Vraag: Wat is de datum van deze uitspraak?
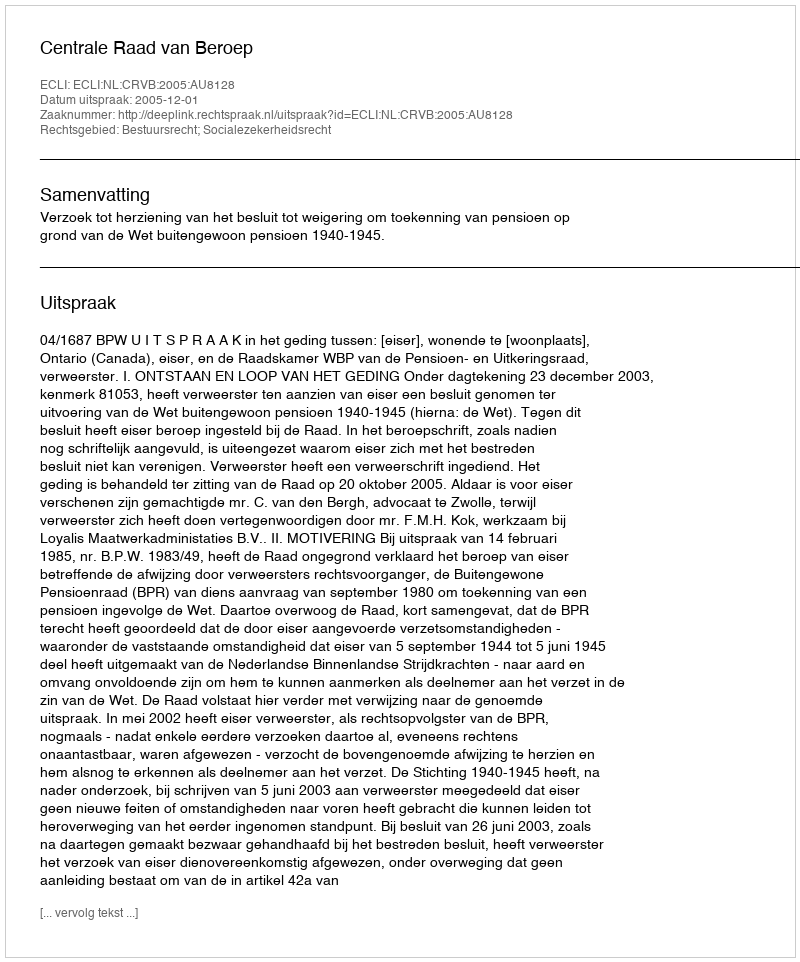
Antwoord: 2005-12-01